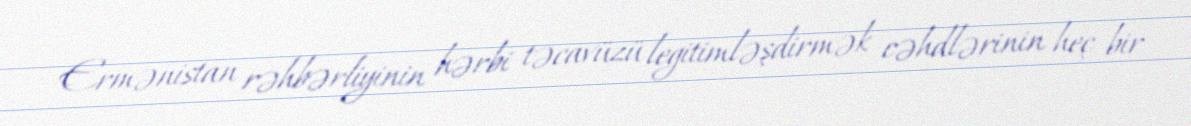
Ermənistan rəhbərliyinin hərbi təcavüzü legitimləşdirmək cəhdlərinin heç bir